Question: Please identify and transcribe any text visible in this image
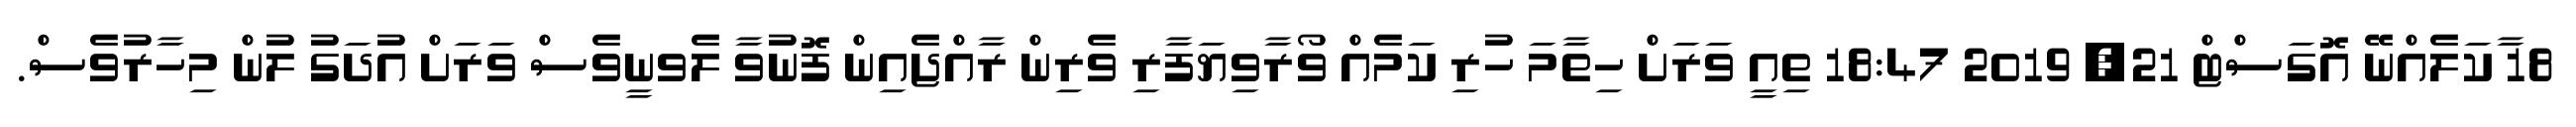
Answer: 18 ާކަލެއްނޭ އޮގަސްޓް 21, 2019 18:47 ތިއީ ވަރަށް ހިތާމަ ހުރި ކަމެއް ވޯރާވިޔަފާރި ވެރިން ރާއްޖެއިން ފޮނުވާ ލެވނީވެސް ވަރަށް އުދަގު ލުން މިހާރުވެސް.